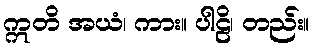
ဣတိ အယံ၊ ကား။ ပါဠိ၊ တည်း။